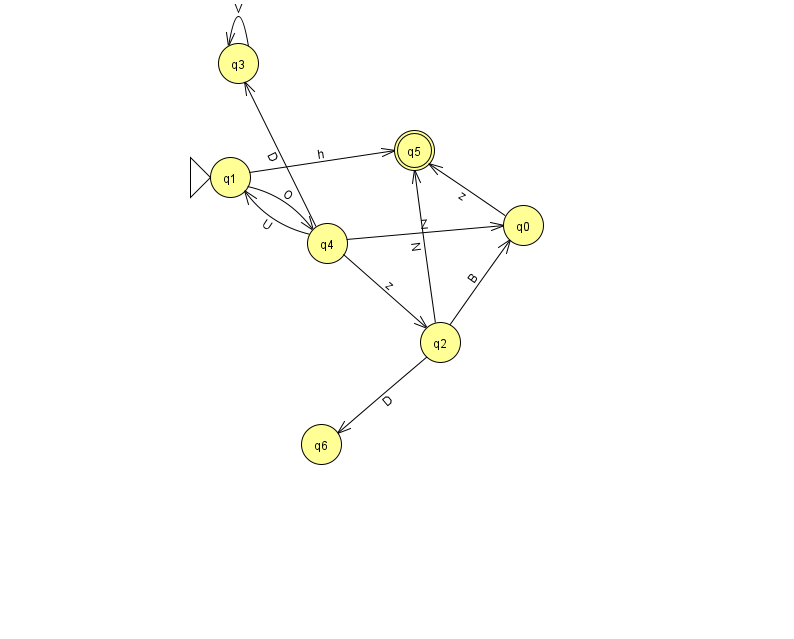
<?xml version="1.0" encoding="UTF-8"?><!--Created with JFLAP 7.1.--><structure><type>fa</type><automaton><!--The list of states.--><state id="0" name="q0"><x>523.0</x><y>212.0</y></state><state id="1" name="q1"><x>230.0</x><y>164.0</y><initial/></state><state id="2" name="q2"><x>440.0</x><y>329.0</y></state><state id="3" name="q3"><x>238.0</x><y>50.0</y></state><state id="4" name="q4"><x>327.0</x><y>230.0</y></state><state id="5" name="q5"><x>414.0</x><y>137.0</y><final/></state><state id="6" name="q6"><x>321.0</x><y>431.0</y></state><!--The list of transitions.--><transition><from>0</from><to>5</to><read>z</read></transition><transition><from>4</from><to>1</to><read>U</read></transition><transition><from>4</from><to>3</to><read>D</read></transition><transition><from>2</from><to>6</to><read>D</read></transition><transition><from>3</from><to>3</to><read>V</read></transition><transition><from>4</from><to>0</to><read>Z</read></transition><transition><from>2</from><to>0</to><read>B</read></transition><transition><from>1</from><to>5</to><read>h</read></transition><transition><from>1</from><to>4</to><read>O</read></transition><transition><from>4</from><to>2</to><read>z</read></transition><transition><from>2</from><to>5</to><read>N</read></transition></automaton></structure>